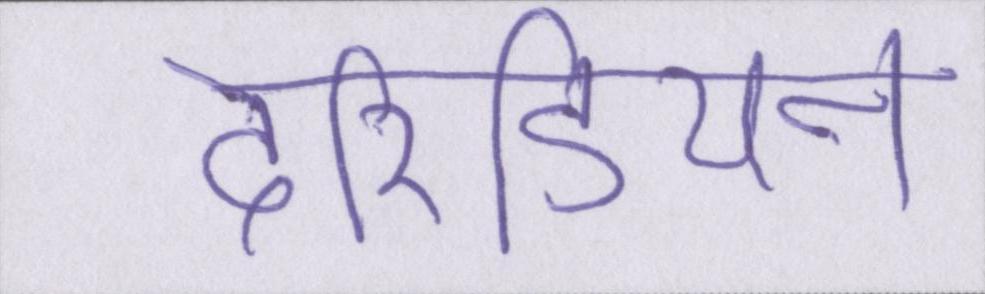
टेरिडियन